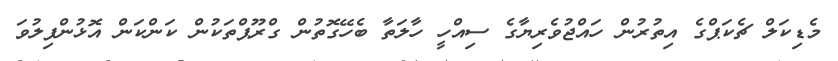
މެޑިކަލް ޗެކަޕްގެ އިތުރުން ހައްޖުވެރިޔާގެ ސިއްހީ ހާލަތާ ބެހޭގޮތުން ގްރޫޕްތަކުން ކަންކަން އޮޅުންފިލުވަ